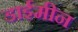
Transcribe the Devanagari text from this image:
डाईमीन